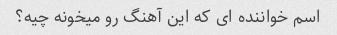
اسم خواننده ای که این آهنگ رو میخونه چیه؟